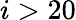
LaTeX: i>20